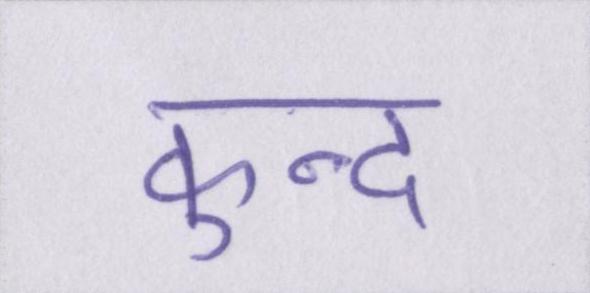
कुन्द